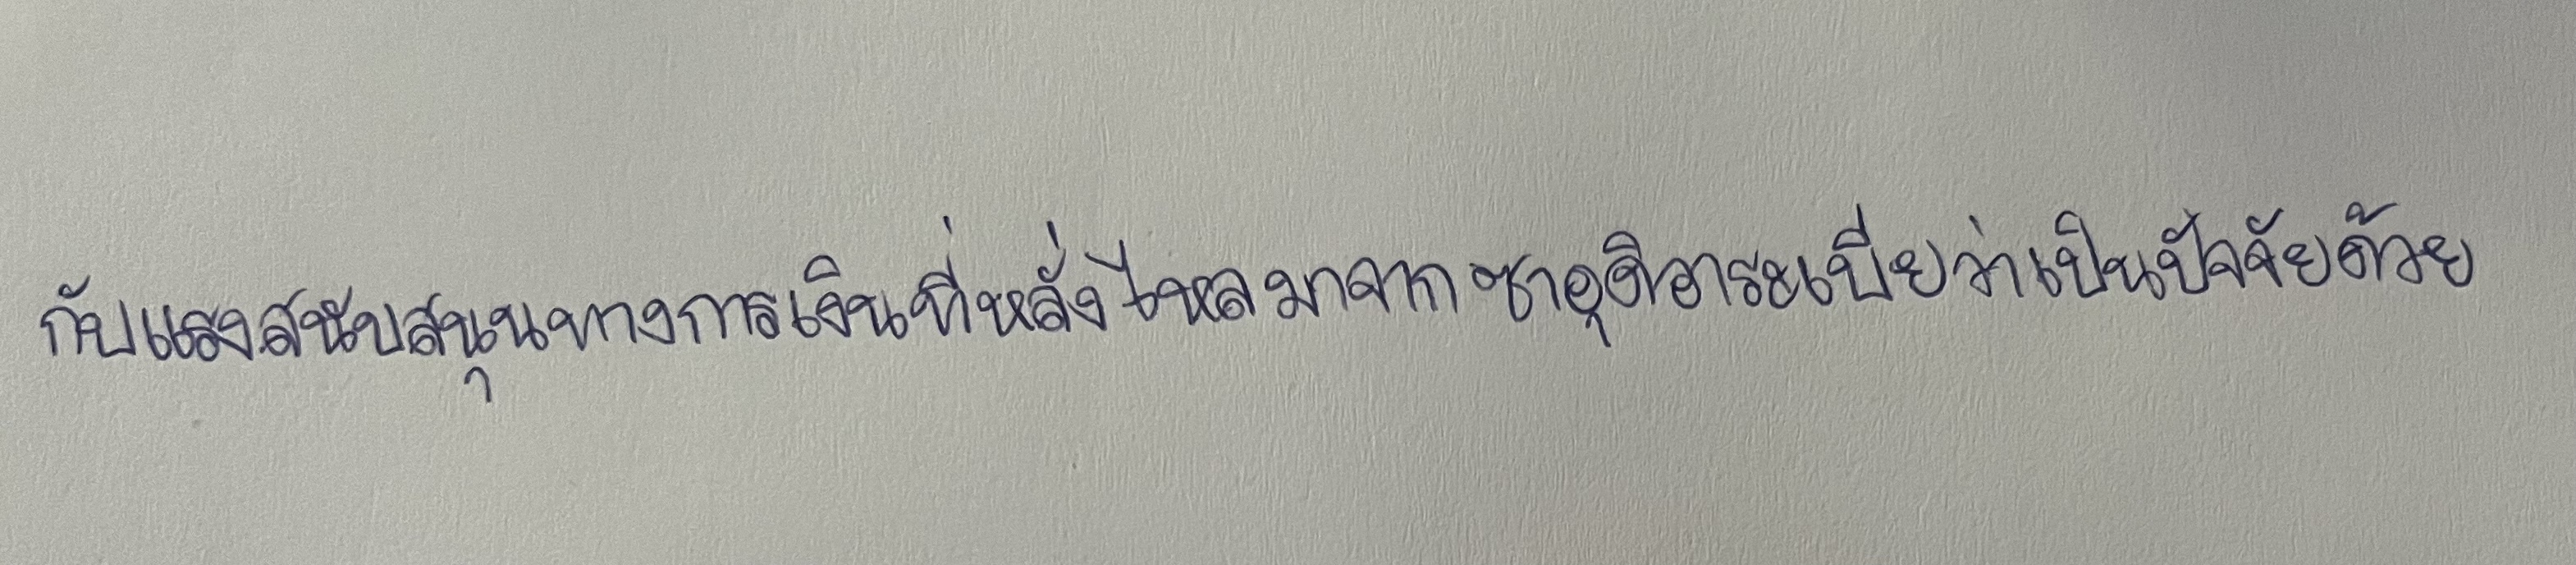
กับแรงสนับสนุนทางการเงินที่หลั่งไหลมาจากซาอุดิอาระเบียว่าเป็นปัจจัยด้วย